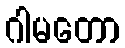
ဂါမတော